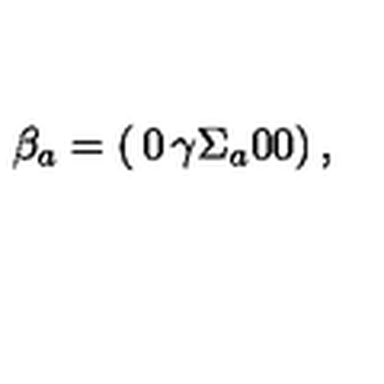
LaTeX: \beta _ { a } = \left( \begin{matrix} { 0 } & { \gamma \Sigma _ { a } } \\ { 0 } & { 0 } \\ \end{matrix} \right) ,